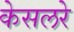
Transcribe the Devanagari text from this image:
केसलरे